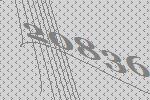
20836